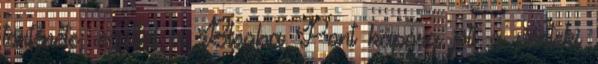
története, ezúttal a Blogba Pont kapóra jött a pénteki